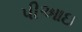
પીઆઇ